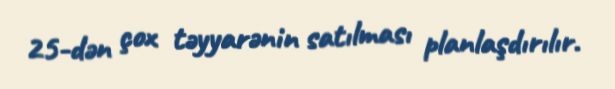
25-dən çox təyyarənin satılması planlaşdırılır.